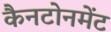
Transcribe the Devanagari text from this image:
कैनटोनमेंट